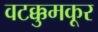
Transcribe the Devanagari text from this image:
वटक्कुमकूर